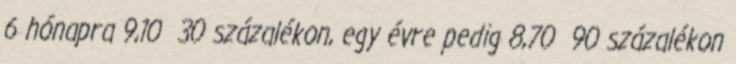
6 hónapra 9,10 30 százalékon, egy évre pedig 8,70 90 százalékon